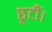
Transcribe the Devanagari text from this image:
छूटीं।